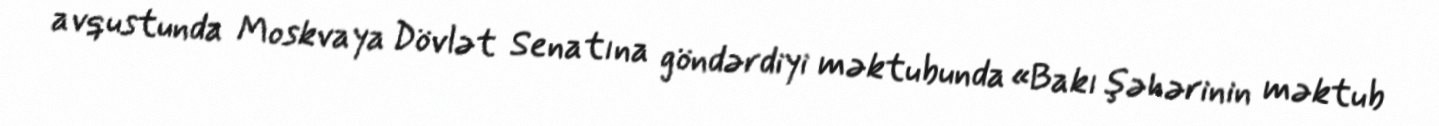
avqustunda Moskvaya Dövlət Senatına göndərdiyi məktubunda «Bakı şəhərinin məktub